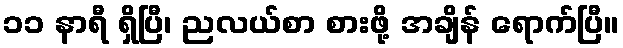
၁၁ နာရီ ရှိပြီ၊ ညလယ်စာ စားဖို့ အချိန် ရောက်ပြီ။